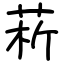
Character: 菥